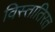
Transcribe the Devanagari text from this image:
विस्तातिरत